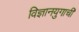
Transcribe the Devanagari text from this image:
विज्ञानयुगाची